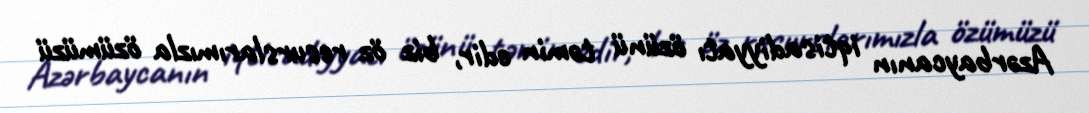
Azərbaycanın iqtisadiyyatı özünü təmin edir, biz öz resurslarımızla özümüzü